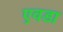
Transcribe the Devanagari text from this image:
एवडा